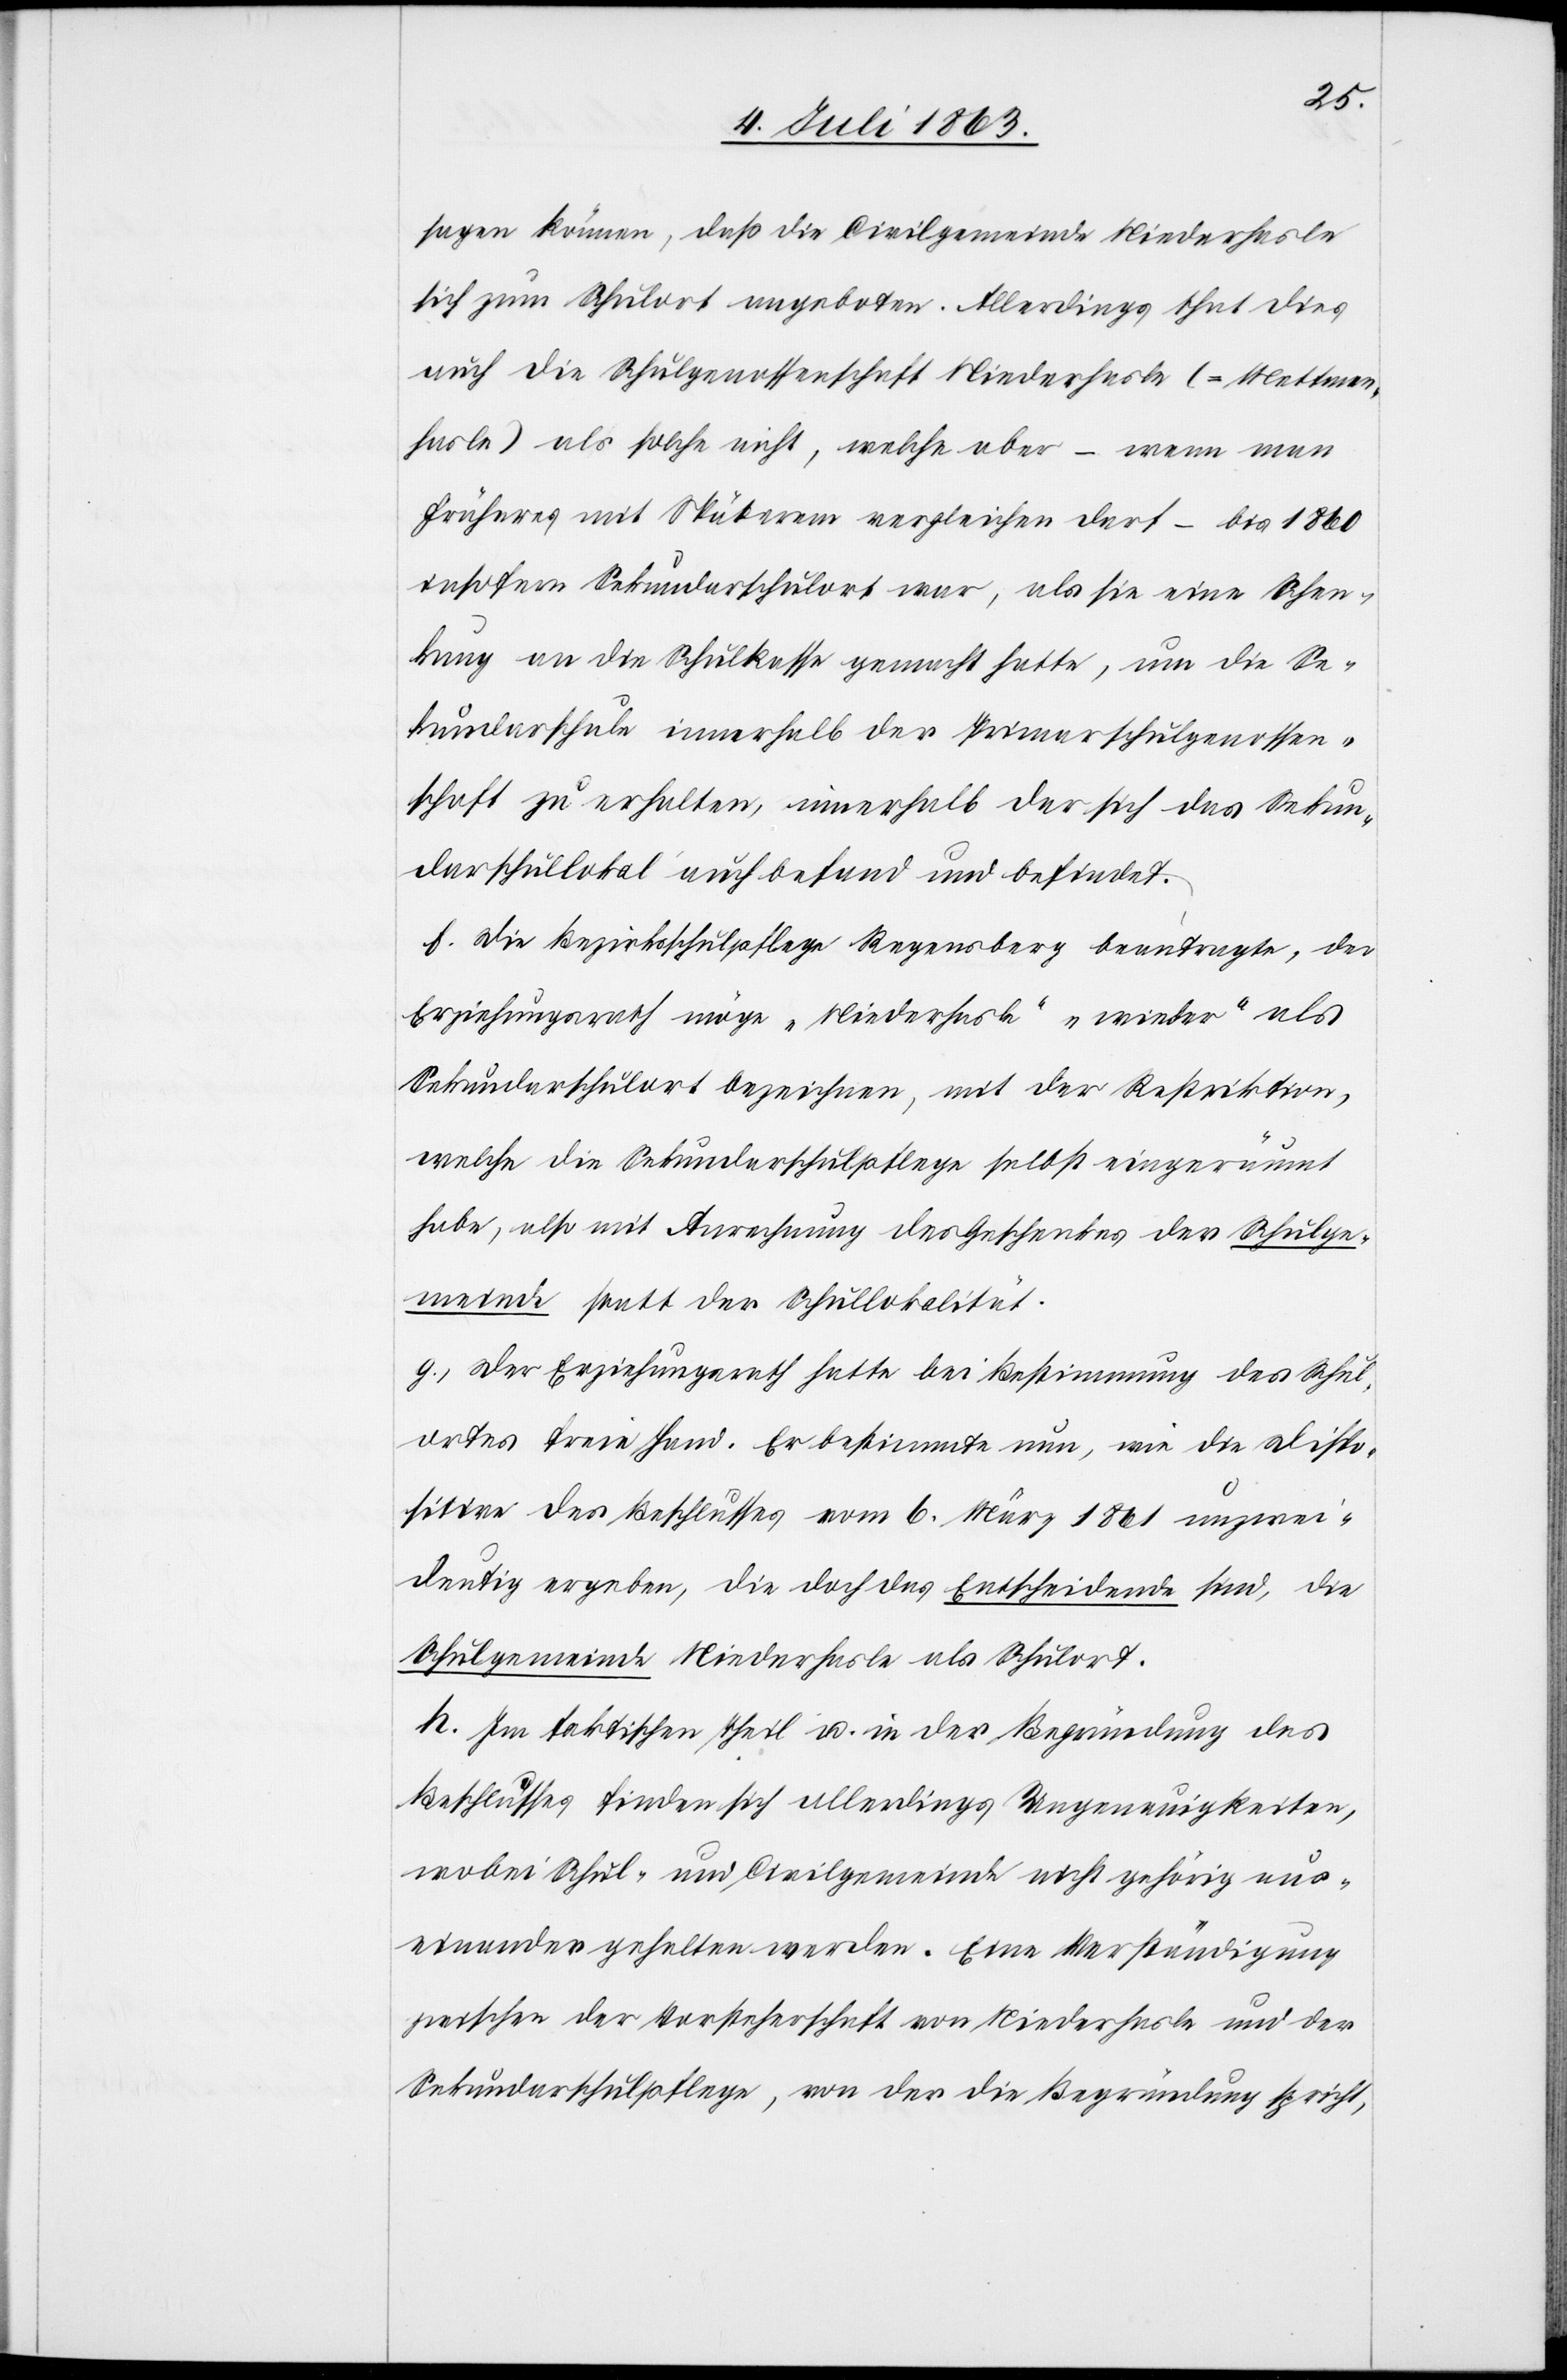
sagen können, daß die Civilgemeinde Niederhasle
sich zum Schulort angeboten. Allerdings thut dies
auch die Schulgenossenschaft Niederhasle (=Mettmen¬
hasle) als solche nicht, welche aber – wenn man
Früheres mit Späterem vergleichen darf – bis 1860
insofern Sekundarschulort war, als sie eine Schen¬
kung an die Schulkassa gemacht hatte, um die Se¬
kundarschule innerhalb der Primarschulgenossen¬
schaft zu erhalten, innerhalb der sich das Sekun¬
darschullokal auch befand und befindet.
f.) Die Bezirksschulpflege Regensberg beantragte, der
Erziehungsrath möge „Niederhasle“ „wieder“ als
Sekundarschulort bezeichnen, mit der Restriktion,
welche die Sekundarschulpflege selbst eingeräumt
habe, also mit Anrechnung des Geschenkes der Schulge¬
meinde statt der Schullokalität.
g.) Der Erziehungsrath hatte bei Bestimmung des Schul¬
ortes freie Hand. Er bestimmte nun, wie die Dispo¬
sitive des Beschlusses vom 6. März 1861 unzwei¬
deutig ergeben, die doch das Entscheidende sind, die
Schulgemeinde Niederhasle als Schulort.
h.) Im faktischen Theil u. in der Begründung des
Beschlusses finden sich allerdings Ungenauigkeiten,
wobei Schul- und Civilgemeinde nicht gehörig aus¬
einander gehalten werden. Eine Verständigung
zwischen der Vorsteherschaft von Niederhasle und der
Sekundarschulpflege, von der die Begründung spricht,